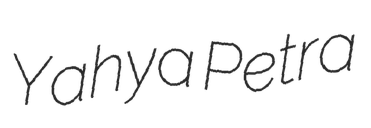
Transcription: Yahya Petra